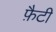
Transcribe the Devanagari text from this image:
फ़ैटी